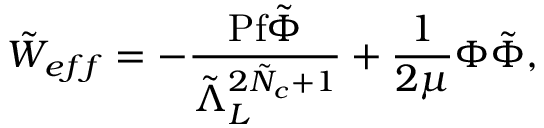
\tilde { W } _ { e f f } = - \frac { \mathrm { P f } \tilde { \Phi } } { \tilde { \Lambda } _ { L } ^ { 2 \tilde { N } _ { c } + 1 } } + \frac { 1 } { 2 \mu } \Phi \tilde { \Phi } ,